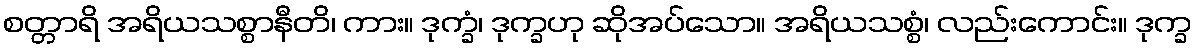
စတ္တာရိ အရိယသစ္စာနီတိ၊ ကား။ ဒုက္ခံ၊ ဒုက္ခဟု ဆိုအပ်သော။ အရိယသစ္စံ၊ လည်းကောင်း။ ဒုက္ခ